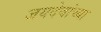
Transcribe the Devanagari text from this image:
जयदेवांच्या